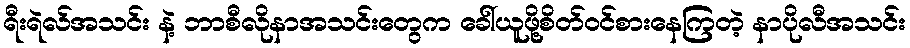
ရီးရဲလ်အသင်း နဲ့ ဘာစီလိုနာအသင်းတွေက ခေါ်ယူဖို့စိတ်ဝင်စားနေကြတဲ့ နာပိုလီအသင်း